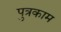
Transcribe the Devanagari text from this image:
पुत्रकाम